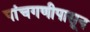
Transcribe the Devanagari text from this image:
पांचगणीपासून